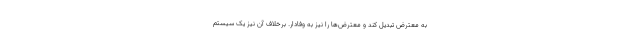
به معترض تبدیل کند و معترض‌ها را نیز به وفادار. برخلاف آن نیز یک سیستم